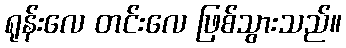
ရုန်းလေ တင်းလေ ဖြစ်သွားသည်။